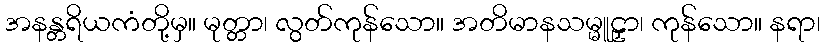
အနန္တရိယကံတို့မှ။ မုတ္တာ၊ လွတ်ကုန်သော။ အတိမာနသမ္မူဠှာ၊ ကုန်သော။ နရာ၊